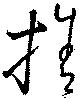
捨